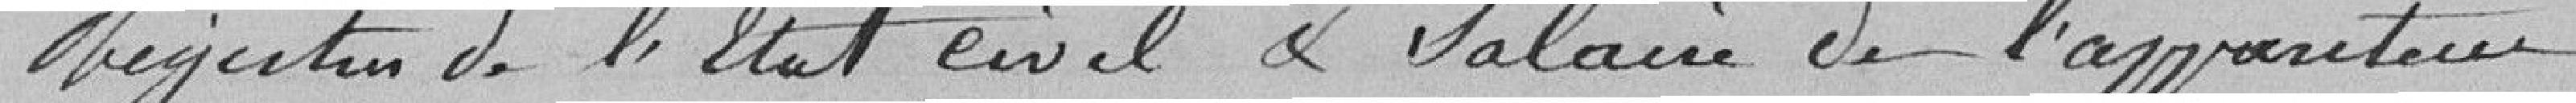
Registres de l'état civil et salaire de l'appariteur